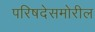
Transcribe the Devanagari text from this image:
परिषदेसमोरील